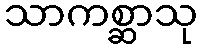
သာကစ္ဆာသု